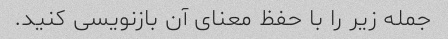
جمله زیر را با حفظ معنای آن بازنویسی کنید.